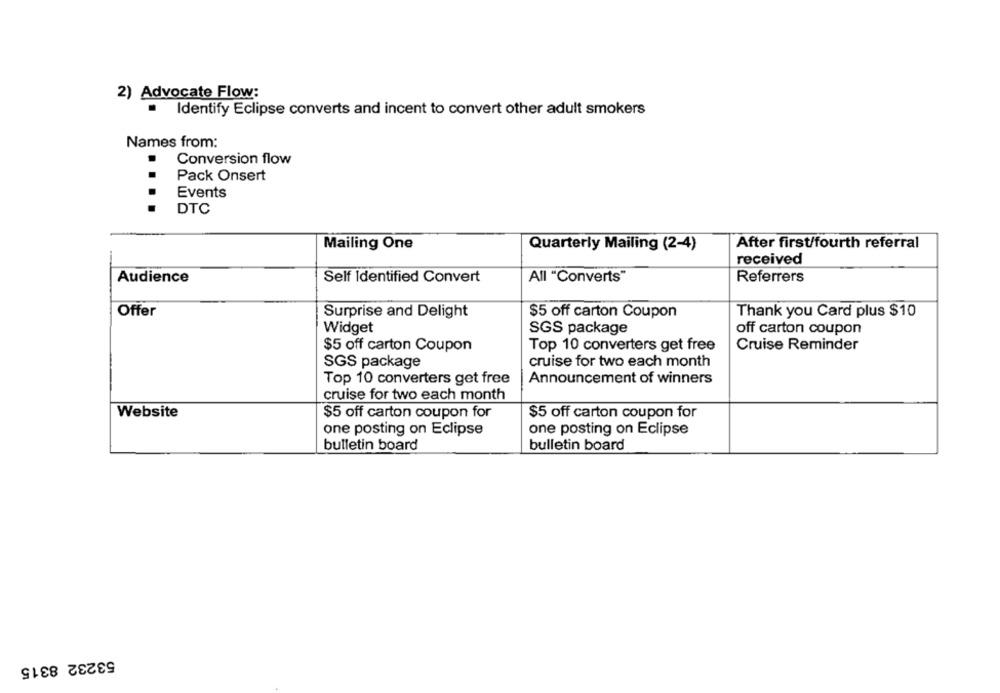
2) Advocate Flow:
Identify Eclipse converts and incent to convert other adult smokers
.
Names from:
Conversion flow
Pack Onsert
Events
DTC
Mailing One
Quarterly Mailing (2-4)
After first/fourth referral
received
Audience
Self Identified Convert
All "Converts"
Referrers
Offer
Surprise and Delight
$5 off carton Coupon
Thank you Card plus $10
Widget
SGS package
off carton coupon
Top 10 converters get free
Cruise Reminder
$5 off carton Coupon
SGS package
cruise for two each month
Top 10 converters get free
Announcement of winners
cruise for two each month
Website
$5 off carton coupon for
$5 off carton coupon for
one posting on Eclipse
one posting on Eclipse
bulletin board
bulletin board
53232 8315